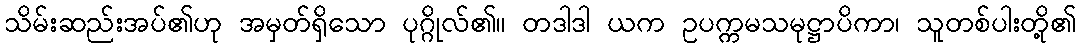
သိမ်းဆည်းအပ်၏ဟု အမှတ်ရှိသော ပုဂ္ဂိုလ်၏။ တဒါဒါ ယက ဥပက္ကမသမုဋ္ဌာပိကာ၊ သူတစ်ပါးတို့၏